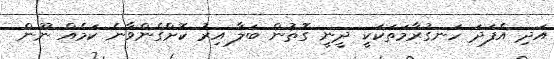
އަދި އެފަދަ ހަނގުރާމަތަކަކީ ދީނީ ގޮތުން ބަލާ އިރު ކޮށްގެންވާނެ ކަމެއް ނޫން